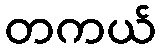
တကယ်